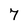
Character: 7